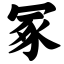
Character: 冢